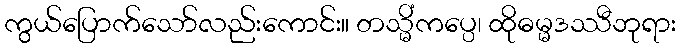
ကွယ်ပြောက်သော်လည်းကောင်း။ တသ္မိံကပ္ပေ၊ ထိုဓမ္မဒဿီဘုရား